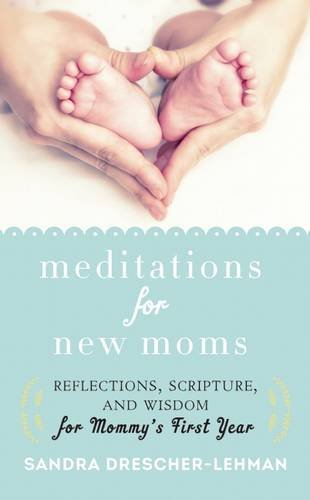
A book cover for Meditations for New Moms: Reflections, Scripture, and Wisdom for Mommy's First Year; Sandra Drescher-Lehman; Christian Books & Bibles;